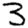
Digit: 3